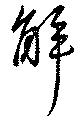
解